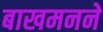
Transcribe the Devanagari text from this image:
बाखमनने